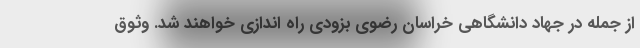
از جمله در جهاد دانشگاهی خراسان رضوی بزودی راه اندازی خواهند شد. وثوق